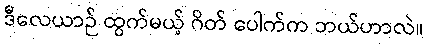
ဒီလေယာဉ် ထွက်မယ့် ဂိတ် ပေါက်က ဘယ်ဟာလဲ။